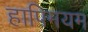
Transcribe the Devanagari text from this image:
हाफ्मियम